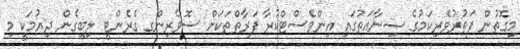
މިގޮތުން ފަތުރުވެރިކަމުގެ ޞިނާޢަތުގައި އިންވެސްޓްކުރާ ފަރާތްތަކަށް ސޮވެރިންގ ގެރެންޓީ ލިބިގެން ދިއުމަކީ މި